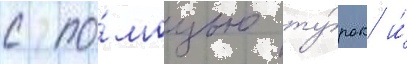
с по́мощью ту́рок и́